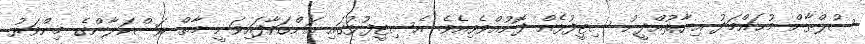
ސުލްޠާން މުޙައްމަދު ޣިޔާޘުއްދީނު ސިޓީފުޅެއް ފޮނުއްވެވިއެވެ. އެސިޓީފުޅުގައި އަންގަވާފައިވަނީ މާތް ރަސްކަލާންގެ މިންވަރު